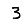
Digit: 3